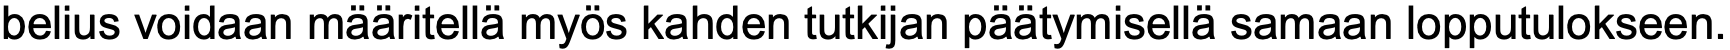
belius voidaan määritellä myös kahden tutkijan päätymisellä samaan lopputulokseen.